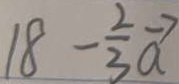
1 8 - \frac { 2 } { 3 } \overrightarrow { a }